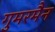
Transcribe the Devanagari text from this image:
गुमरमैन